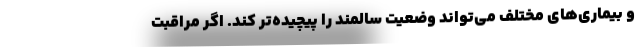
و بیماری‌های مختلف می‌تواند وضعیت سالمند را پیچیده‌تر کند. اگر مراقبت